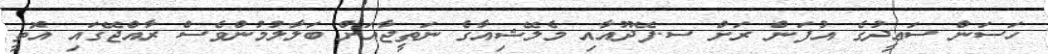
ހަސަން ސަޢީދުގެ އުފަން ރަށް ސ.ފޭދޫއާއި މެލޭޝިއާގެ ނަތީޖާއަށް ބަލާލުމުންވެސް ރާއްޖޭގައި އޮތީ